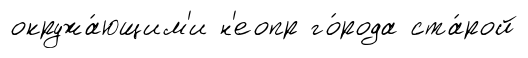
окружа́ющим'и н'еопр го́рода ста́рой